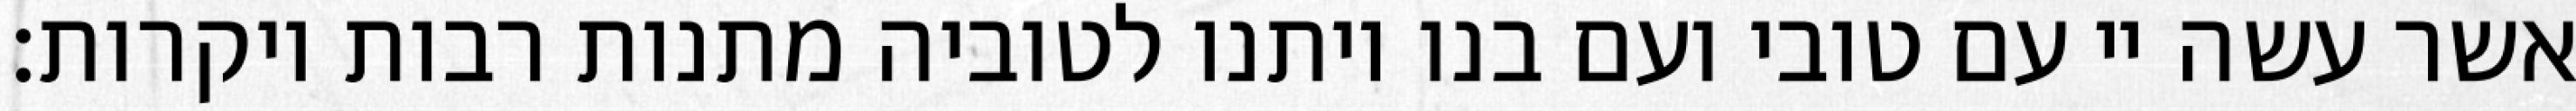
אשר עשה יי עם טובי ועם בנו ויתנו לטוביה מתנות רבות ויקרות: